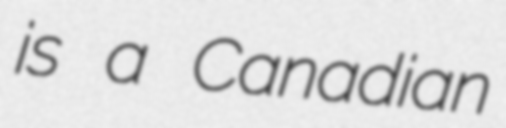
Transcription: is a Canadian